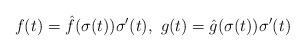
LaTeX: \begin{align*}f(t)=\hat{f}(\sigma(t))\sigma'(t), \,\, g(t)=\hat{g}(\sigma(t))\sigma'(t)\end{align*}